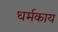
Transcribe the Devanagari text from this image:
धर्मकाय